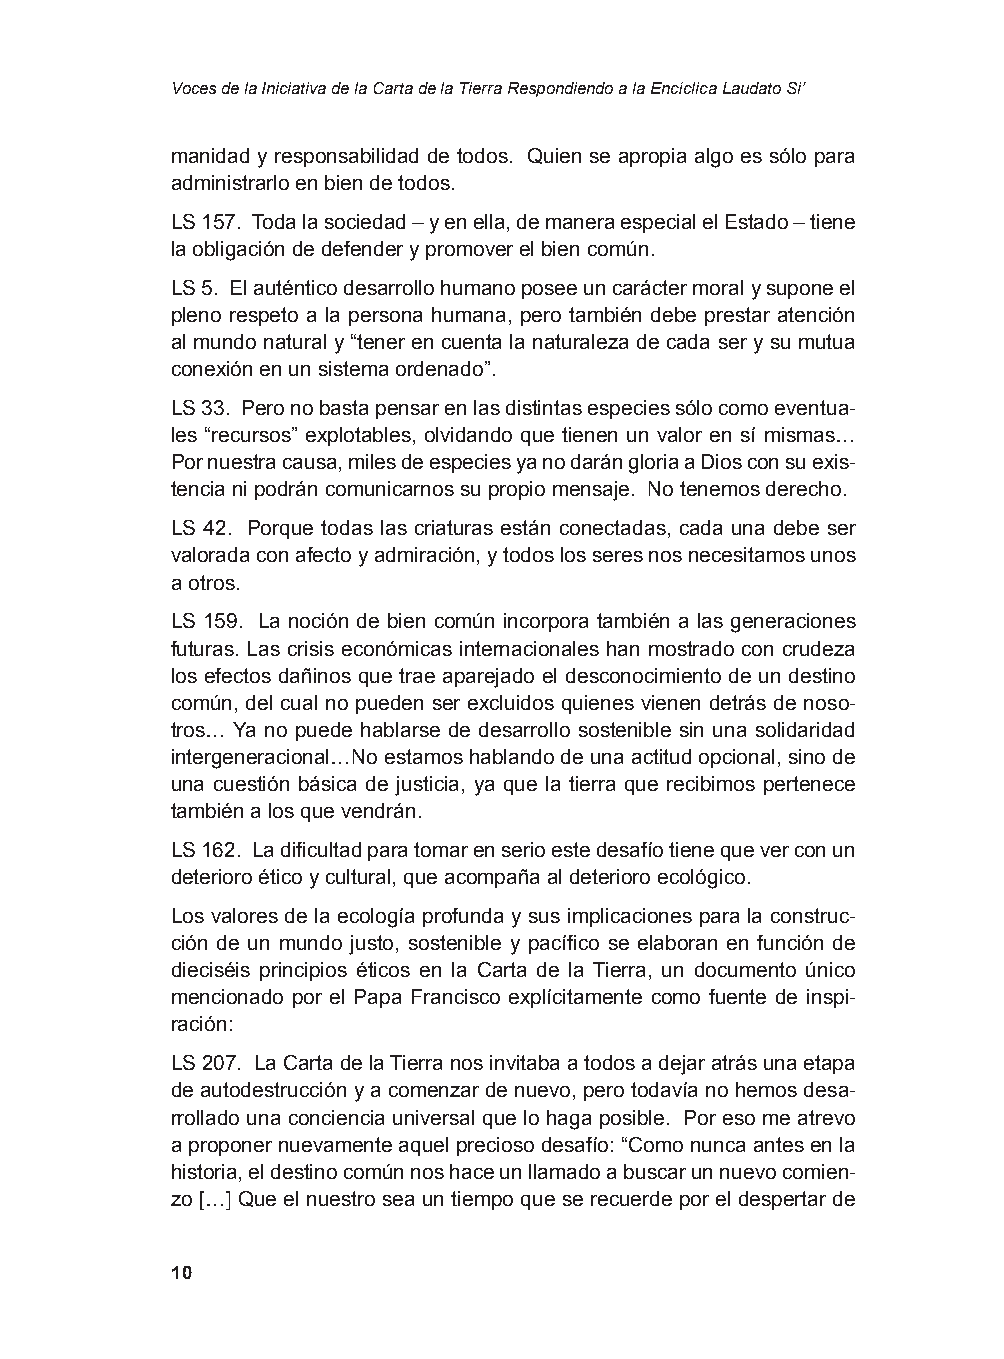
Voces de la Iniciativa de la Carta de la Tierra Respondiendo a la Encíclica Laudato Si’
 manidad y responsabilidad de todos. Quien se apropia algo es sólo para
 administrarlo en bien de todos.
 LS 157. Toda la sociedad – y en ella, de manera especial el Estado – tiene
 la obligación de defender y promover el bien común.
 LS 5. El auténtico desarrollo humano posee un carácter moral y supone el
 pleno respeto a la persona humana, pero también debe prestar atención
 al mundo natural y “tener en cuenta la naturaleza de cada ser y su mutua
 conexión en un sistema ordenado”.
 LS 33. Pero no basta pensar en las distintas especies sólo como eventua-
 les “recursos” explotables, olvidando que tienen un valor en sí mismas…
 Por nuestra causa, miles de especies ya no darán gloria a Dios con su exis-
 tencia ni podrán comunicarnos su propio mensaje. No tenemos derecho.
 LS 42. Porque todas las criaturas están conectadas, cada una debe ser
 valorada con afecto y admiración, y todos los seres nos necesitamos unos
 a otros.
 LS 159. La noción de bien común incorpora también a las generaciones
 futuras. Las crisis económicas internacionales han mostrado con crudeza
 los efectos dañinos que trae aparejado el desconocimiento de un destino
 común, del cual no pueden ser excluidos quienes vienen detrás de noso-
 tros… Ya no puede hablarse de desarrollo sostenible sin una solidaridad
 intergeneracional…No estamos hablando de una actitud opcional, sino de
 una cuestión básica de justicia, ya que la tierra que recibimos pertenece
 también a los que vendrán.
 LS 162. La dificultad para tomar en serio este desafío tiene que ver con un
 deterioro ético y cultural, que acompaña al deterioro ecológico.
 Los valores de la ecología profunda y sus implicaciones para la construc-
 ción de un mundo justo, sostenible y pacífico se elaboran en función de
 dieciséis principios éticos en la Carta de la Tierra, un documento único
 mencionado por el Papa Francisco explícitamente como fuente de inspi-
 ración:
 LS 207. La Carta de la Tierra nos invitaba a todos a dejar atrás una etapa
 de autodestrucción y a comenzar de nuevo, pero todavía no hemos desa-
 rrollado una conciencia universal que lo haga posible. Por eso me atrevo
 a proponer nuevamente aquel precioso desafío: “Como nunca antes en la
 historia, el destino común nos hace un llamado a buscar un nuevo comien-
 zo […] Que el nuestro sea un tiempo que se recuerde por el despertar de
 10